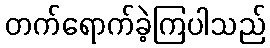
တက်ရောက်ခဲ့ကြပါသည်